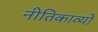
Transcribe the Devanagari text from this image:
नीतिकाव्यों